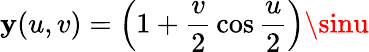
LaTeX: \mathbf{y}(u,v)=\left(1+{\frac{{v}}{{2}}}\cos{\frac{{u}}{{2}}}\right)\sinu